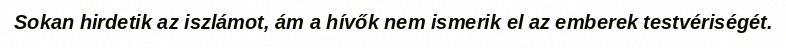
Sokan hirdetik az iszlámot, ám a hívők nem ismerik el az emberek testvériségét.